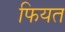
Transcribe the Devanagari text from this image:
फियत